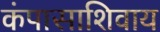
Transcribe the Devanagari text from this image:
कंपासाशिवाय